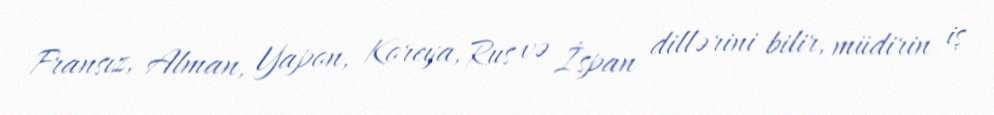
Fransız, Alman, Yapon, Koreya, Rus və İspan dillərini bilir, müdirin iş